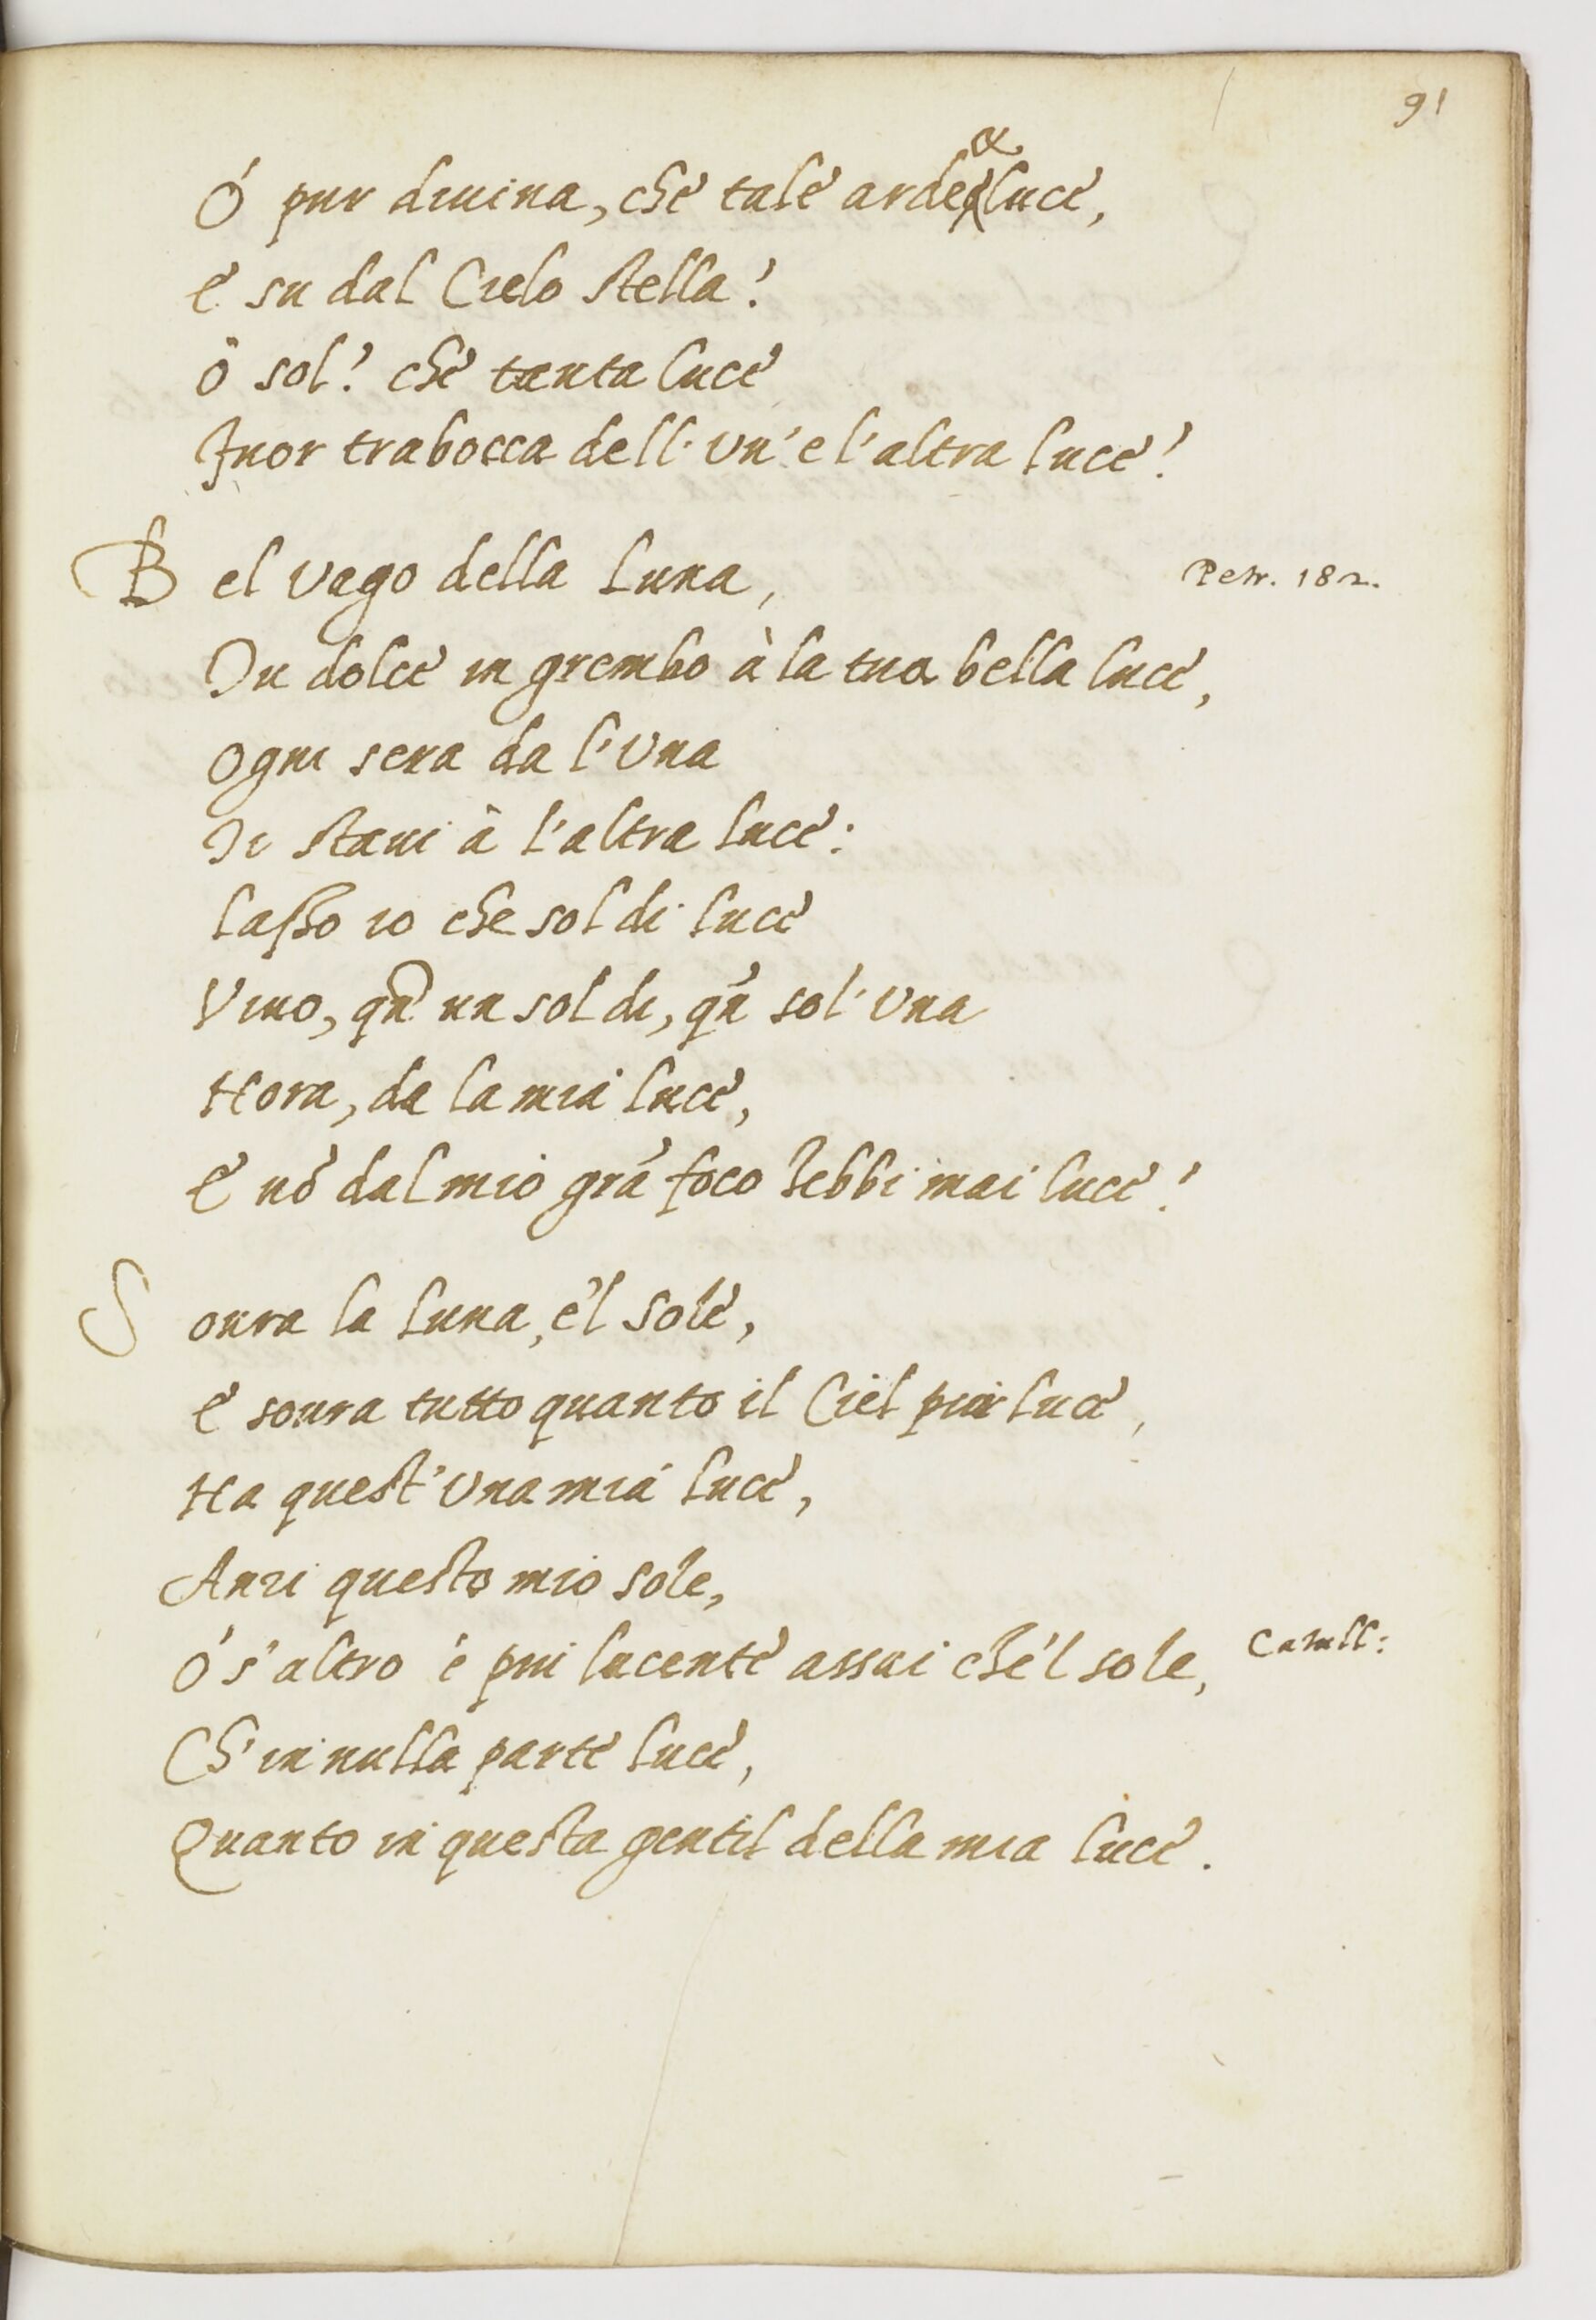
Shelfmark: Paris, BnF, ita. 1534
Century: 16